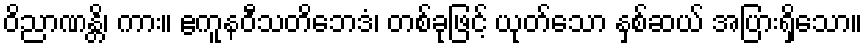
ဝိညာဏန္တိ၊ ကား။ ဧကူနဝီသတိဘေဒံ၊ တစ်ခုဖြင့် ယုတ်သော နှစ်ဆယ် အပြားရှိသော။